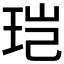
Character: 𮴒